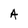
Character: A